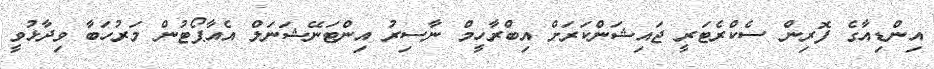
އިންޑިއާގެ ފޮރިން ސެކްރެޓަރީ ޖައިޝަންކަރަށް އިބްރާހީމް ނާސިރު އިންޓަނޭޝަނަލް އެއާޕޯޓުން މަރުހަބާ ވިދާޅުވީ